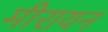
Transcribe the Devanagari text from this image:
मीरायन